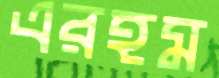
এরহম